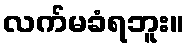
လက်မခံရဘူး။